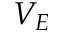
V _ { E }